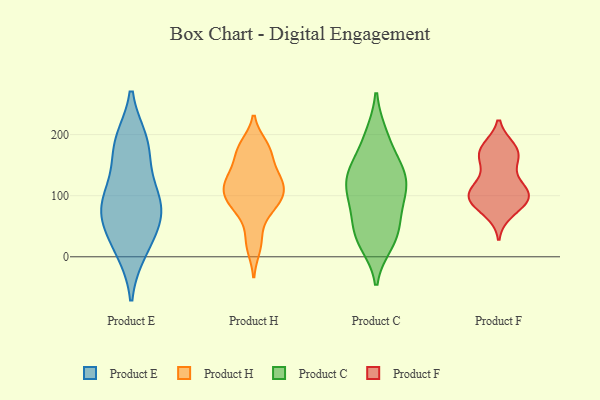
{"axis": {"x": "Inventory Turnover", "y": "Value"}, "legend": ["Product C", "Product E", "Product F", "Product H"], "data": [{"x": "", "y": 76, "type": "Product E"}, {"x": "", "y": 74, "type": "Product E"}, {"x": "", "y": 80, "type": "Product E"}, {"x": "", "y": 11, "type": "Product E"}, {"x": "", "y": 118, "type": "Product E"}, {"x": "", "y": 188, "type": "Product E"}, {"x": "", "y": 175, "type": "Product E"}, {"x": "", "y": 19, "type": "Product E"}, {"x": "", "y": 187, "type": "Product E"}, {"x": "", "y": 98, "type": "Product E"}, {"x": "", "y": 54, "type": "Product E"}, {"x": "", "y": 72, "type": "Product H"}, {"x": "", "y": 87, "type": "Product H"}, {"x": "", "y": 96, "type": "Product H"}, {"x": "", "y": 129, "type": "Product H"}, {"x": "", "y": 93, "type": "Product H"}, {"x": "", "y": 118, "type": "Product H"}, {"x": "", "y": 135, "type": "Product H"}, {"x": "", "y": 126, "type": "Product H"}, {"x": "", "y": 16, "type": "Product H"}, {"x": "", "y": 166, "type": "Product H"}, {"x": "", "y": 87, "type": "Product H"}, {"x": "", "y": 29, "type": "Product H"}, {"x": "", "y": 181, "type": "Product H"}, {"x": "", "y": 176, "type": "Product H"}, {"x": "", "y": 110, "type": "Product H"}, {"x": "", "y": 175, "type": "Product H"}, {"x": "", "y": 120, "type": "Product H"}, {"x": "", "y": 200, "type": "Product C"}, {"x": "", "y": 119, "type": "Product C"}, {"x": "", "y": 31, "type": "Product C"}, {"x": "", "y": 102, "type": "Product C"}, {"x": "", "y": 129, "type": "Product C"}, {"x": "", "y": 127, "type": "Product C"}, {"x": "", "y": 37, "type": "Product C"}, {"x": "", "y": 22, "type": "Product C"}, {"x": "", "y": 199, "type": "Product C"}, {"x": "", "y": 61, "type": "Product C"}, {"x": "", "y": 102, "type": "Product C"}, {"x": "", "y": 149, "type": "Product C"}, {"x": "", "y": 68, "type": "Product C"}, {"x": "", "y": 30, "type": "Product C"}, {"x": "", "y": 97, "type": "Product C"}, {"x": "", "y": 155, "type": "Product C"}, {"x": "", "y": 143, "type": "Product C"}, {"x": "", "y": 166, "type": "Product F"}, {"x": "", "y": 73, "type": "Product F"}, {"x": "", "y": 95, "type": "Product F"}, {"x": "", "y": 162, "type": "Product F"}, {"x": "", "y": 101, "type": "Product F"}, {"x": "", "y": 119, "type": "Product F"}, {"x": "", "y": 100, "type": "Product F"}, {"x": "", "y": 178, "type": "Product F"}, {"x": "", "y": 108, "type": "Product F"}, {"x": "", "y": 151, "type": "Product F"}, {"x": "", "y": 175, "type": "Product F"}, {"x": "", "y": 84, "type": "Product F"}, {"x": "", "y": 177, "type": "Product F"}, {"x": "", "y": 100, "type": "Product F"}, {"x": "", "y": 113, "type": "Product F"}, {"x": "", "y": 88, "type": "Product F"}]}